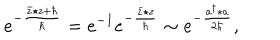
LaTeX: e ^ { - \frac { \bar { z } \star z + \hbar } { \hbar } } = e ^ { - 1 } e ^ { - \frac { \bar { z } \star z } { \hbar } } \sim e ^ { - \frac { a ^ { \dagger } \star a } { 2 \hbar } } ,